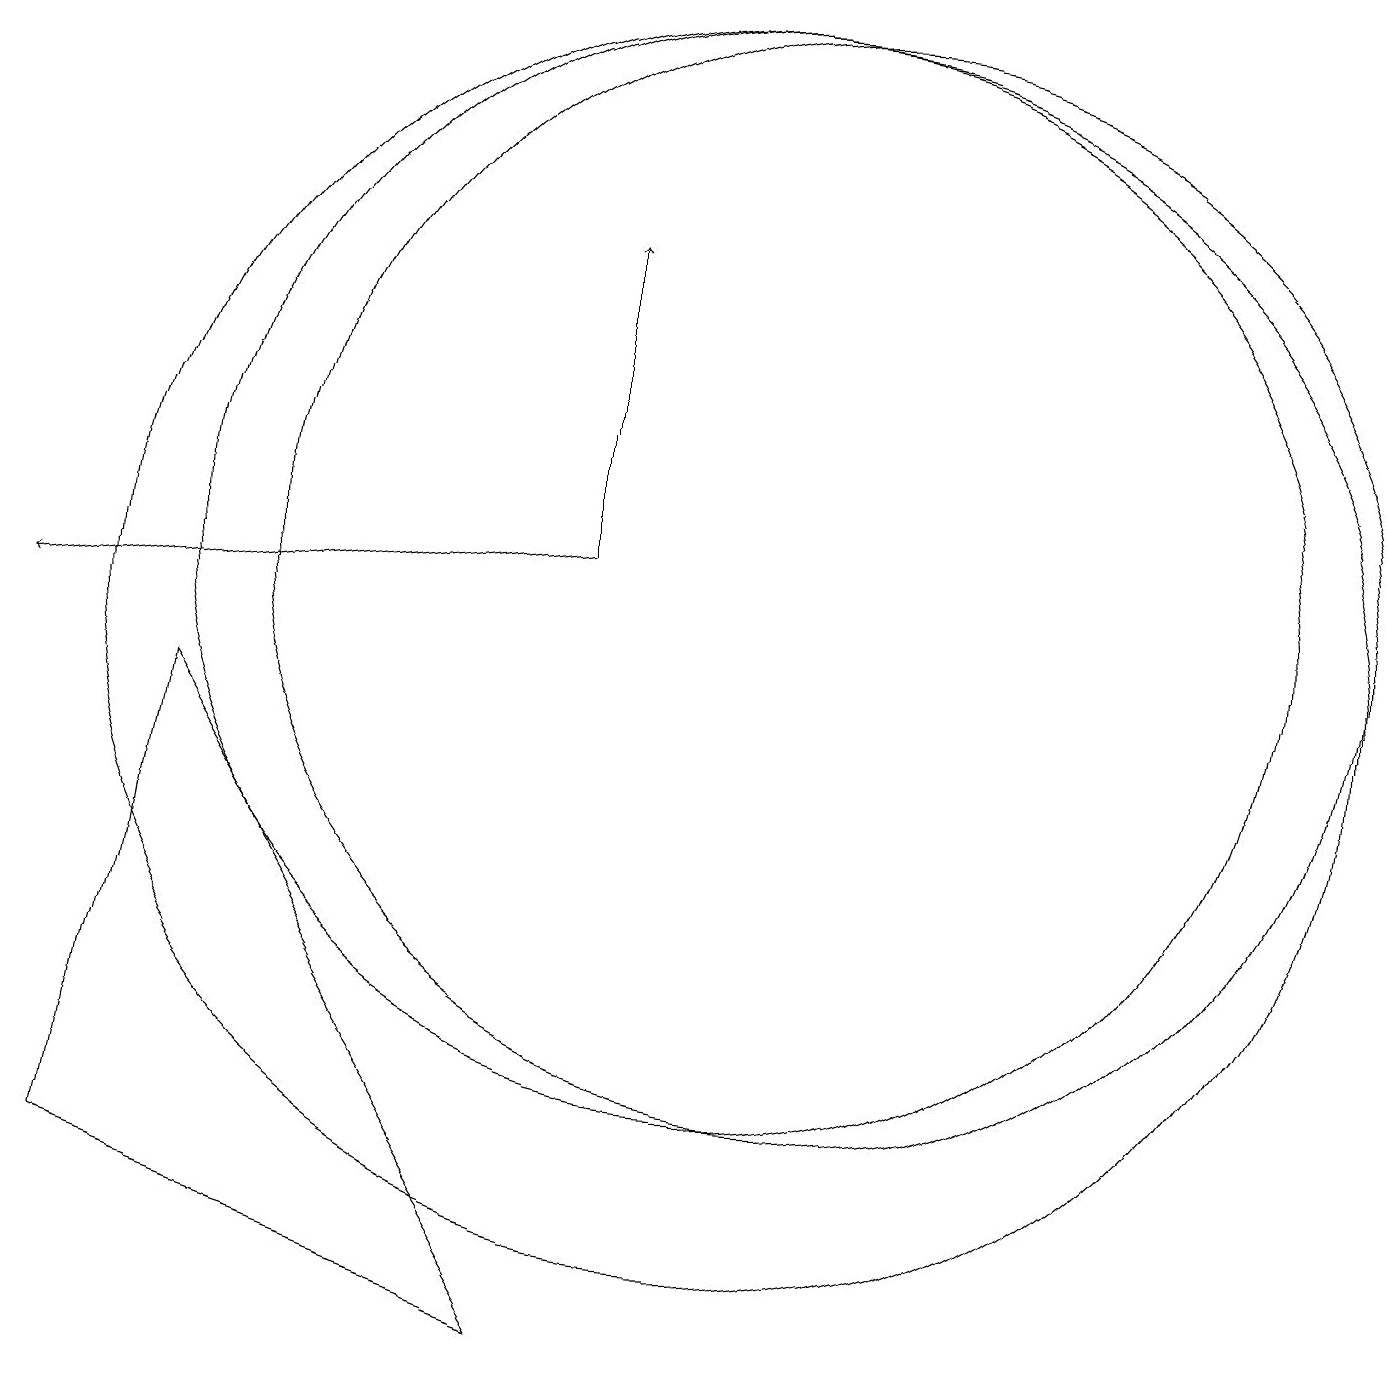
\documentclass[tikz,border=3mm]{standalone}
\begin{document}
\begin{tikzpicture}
\draw[->] (8,11) -- (8,15);
\draw (10,10) circle (8);
\draw (8,1) -- (3,9) -- (2,3) -- cycle;
\draw (11,11) circle (0);
\draw (11,11) circle (7);
\draw (10,11) circle (7);
\draw[->] (8,11) -- (1,10);
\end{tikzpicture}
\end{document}